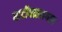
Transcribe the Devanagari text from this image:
घाटीपळसगाव